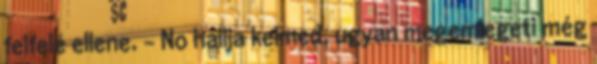
felfelé ellene. - No hallja kelmed, ugyan megemlegeti még